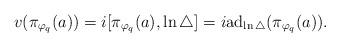
LaTeX: \begin{align*}v(\pi_{\varphi_q}(a))=i[\pi_{\varphi_q}(a),\ln\bigtriangleup ]=i{\rm a}{\rm d}_{\ln\bigtriangleup}(\pi_{\varphi_q}(a)).\end{align*}